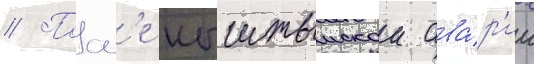
// Посл'е кыштымскои ава́р'ии